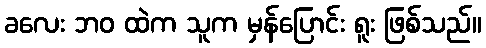
ခလေး ဘဝ ထဲက သူက မှန်ပြောင်း ရူး ဖြစ်သည်။